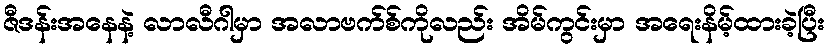
ဇီဒန်းအနေနဲ့ လာလီဂါမှာ အလာဗက်စ်ကိုလည်း အိမ်ကွင်းမှာ အရေးနိမ့်ထားခဲ့ပြီး